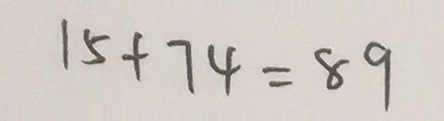
1 5 + 7 4 = 8 9